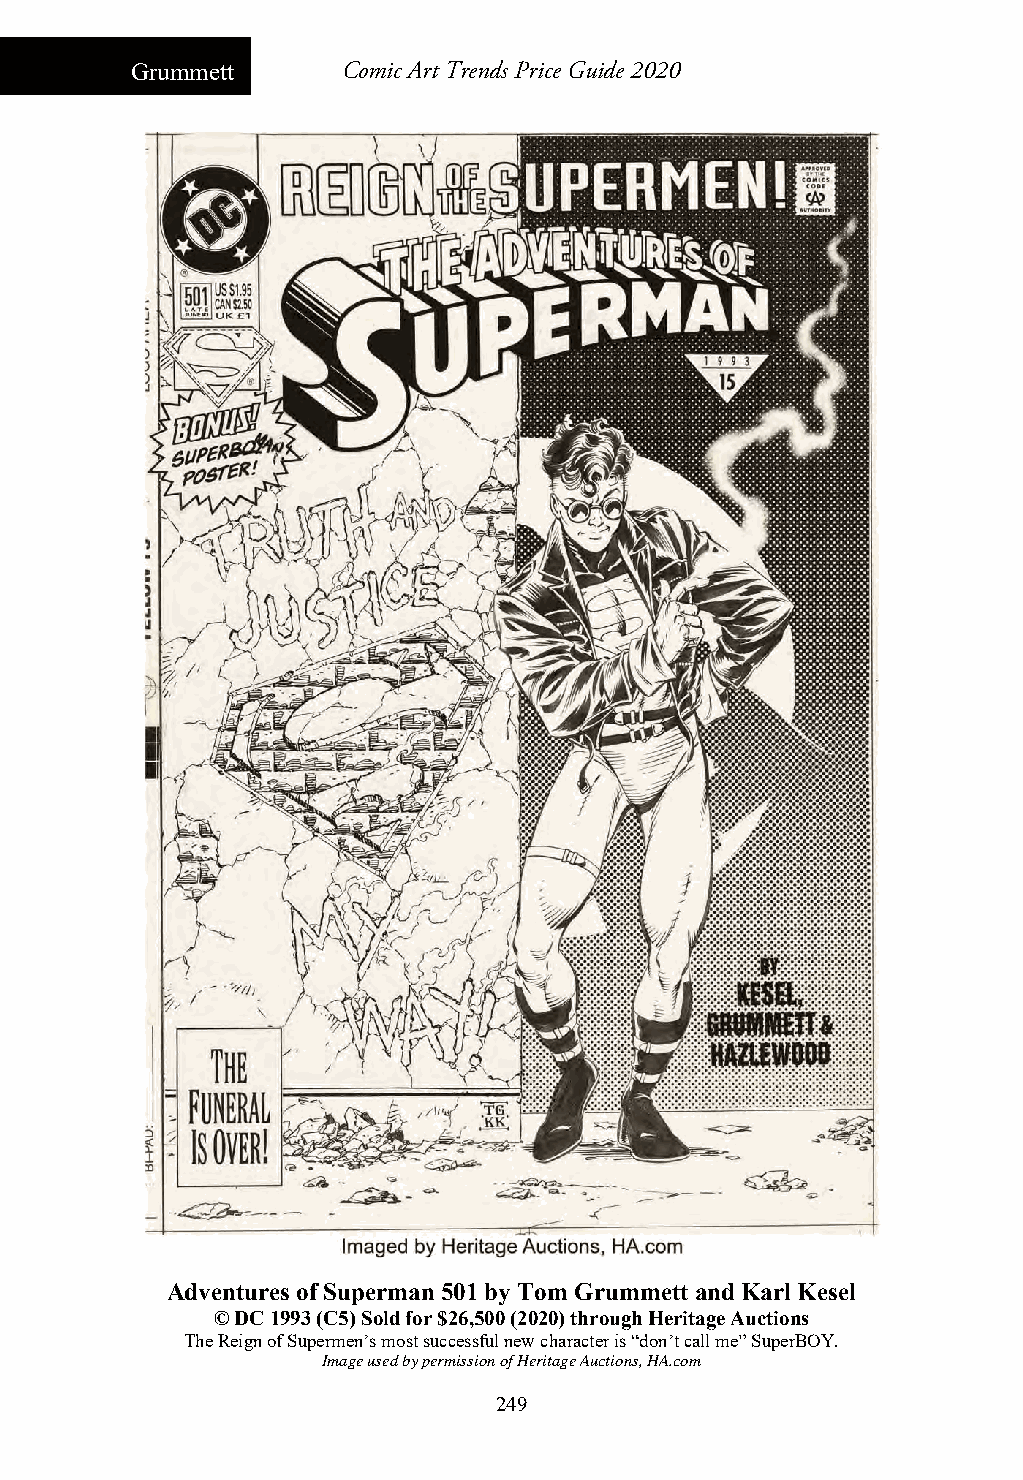
Grummett      Comic Art Trends Price Guide 2020
 Adventures of Superman 501 by Tom Grummett and Karl Kesel
 © DC 1993 (C5) Sold for $26,500 (2020) through Heritage Auctions
 The Reign of Supermen’s most successful new character is “don’t call me” SuperBOY.
 Image used by permission of Heritage Auctions, HA.com
 249